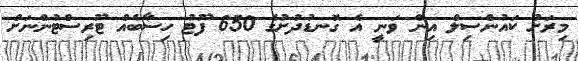
މިރަށު ކައުންސިލް އިން ވަނީ އެ ގޮނޑުދުށުގެ 650 ފޫޓު ހިސާބެއް ޓޫރިސްޓުންނަށް